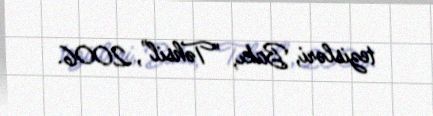
tezisləri, Bakı, "Təhsil", 2006.